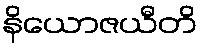
နိယောဇယီတိ